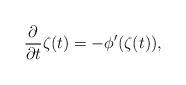
LaTeX: \begin{align*} \frac{\partial}{\partial t}\zeta(t) = -\phi'(\zeta(t)),\end{align*}